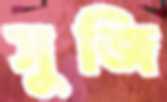
সুজি